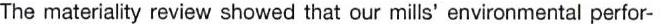
The materiality review showed that our mills' environmental perfor-